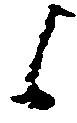
候